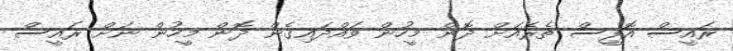
ރައީސް އޮފީސް ތެރެއަށް ދޮން މީހުން ވައްދައިގެން ދޮން މީހުން ނަށް ރައީސް